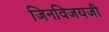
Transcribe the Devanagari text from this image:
जिनविजयजी